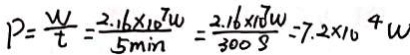
P = \frac { w } { t } = \frac { 2 . 1 6 \times 1 0 ^ { 7 } w } { 5 \min } = \frac { 2 . 1 6 \times 1 0 ^ { 7 } w } { 3 0 0 S } = 7 . 2 \times 1 0 ^ { 4 } w